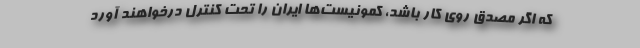
كه اگر مصدق روی كار باشد، كمونیست‌ها ایران را تحت كنترل درخواهند آورد